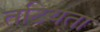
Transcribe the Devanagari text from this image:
तटियता